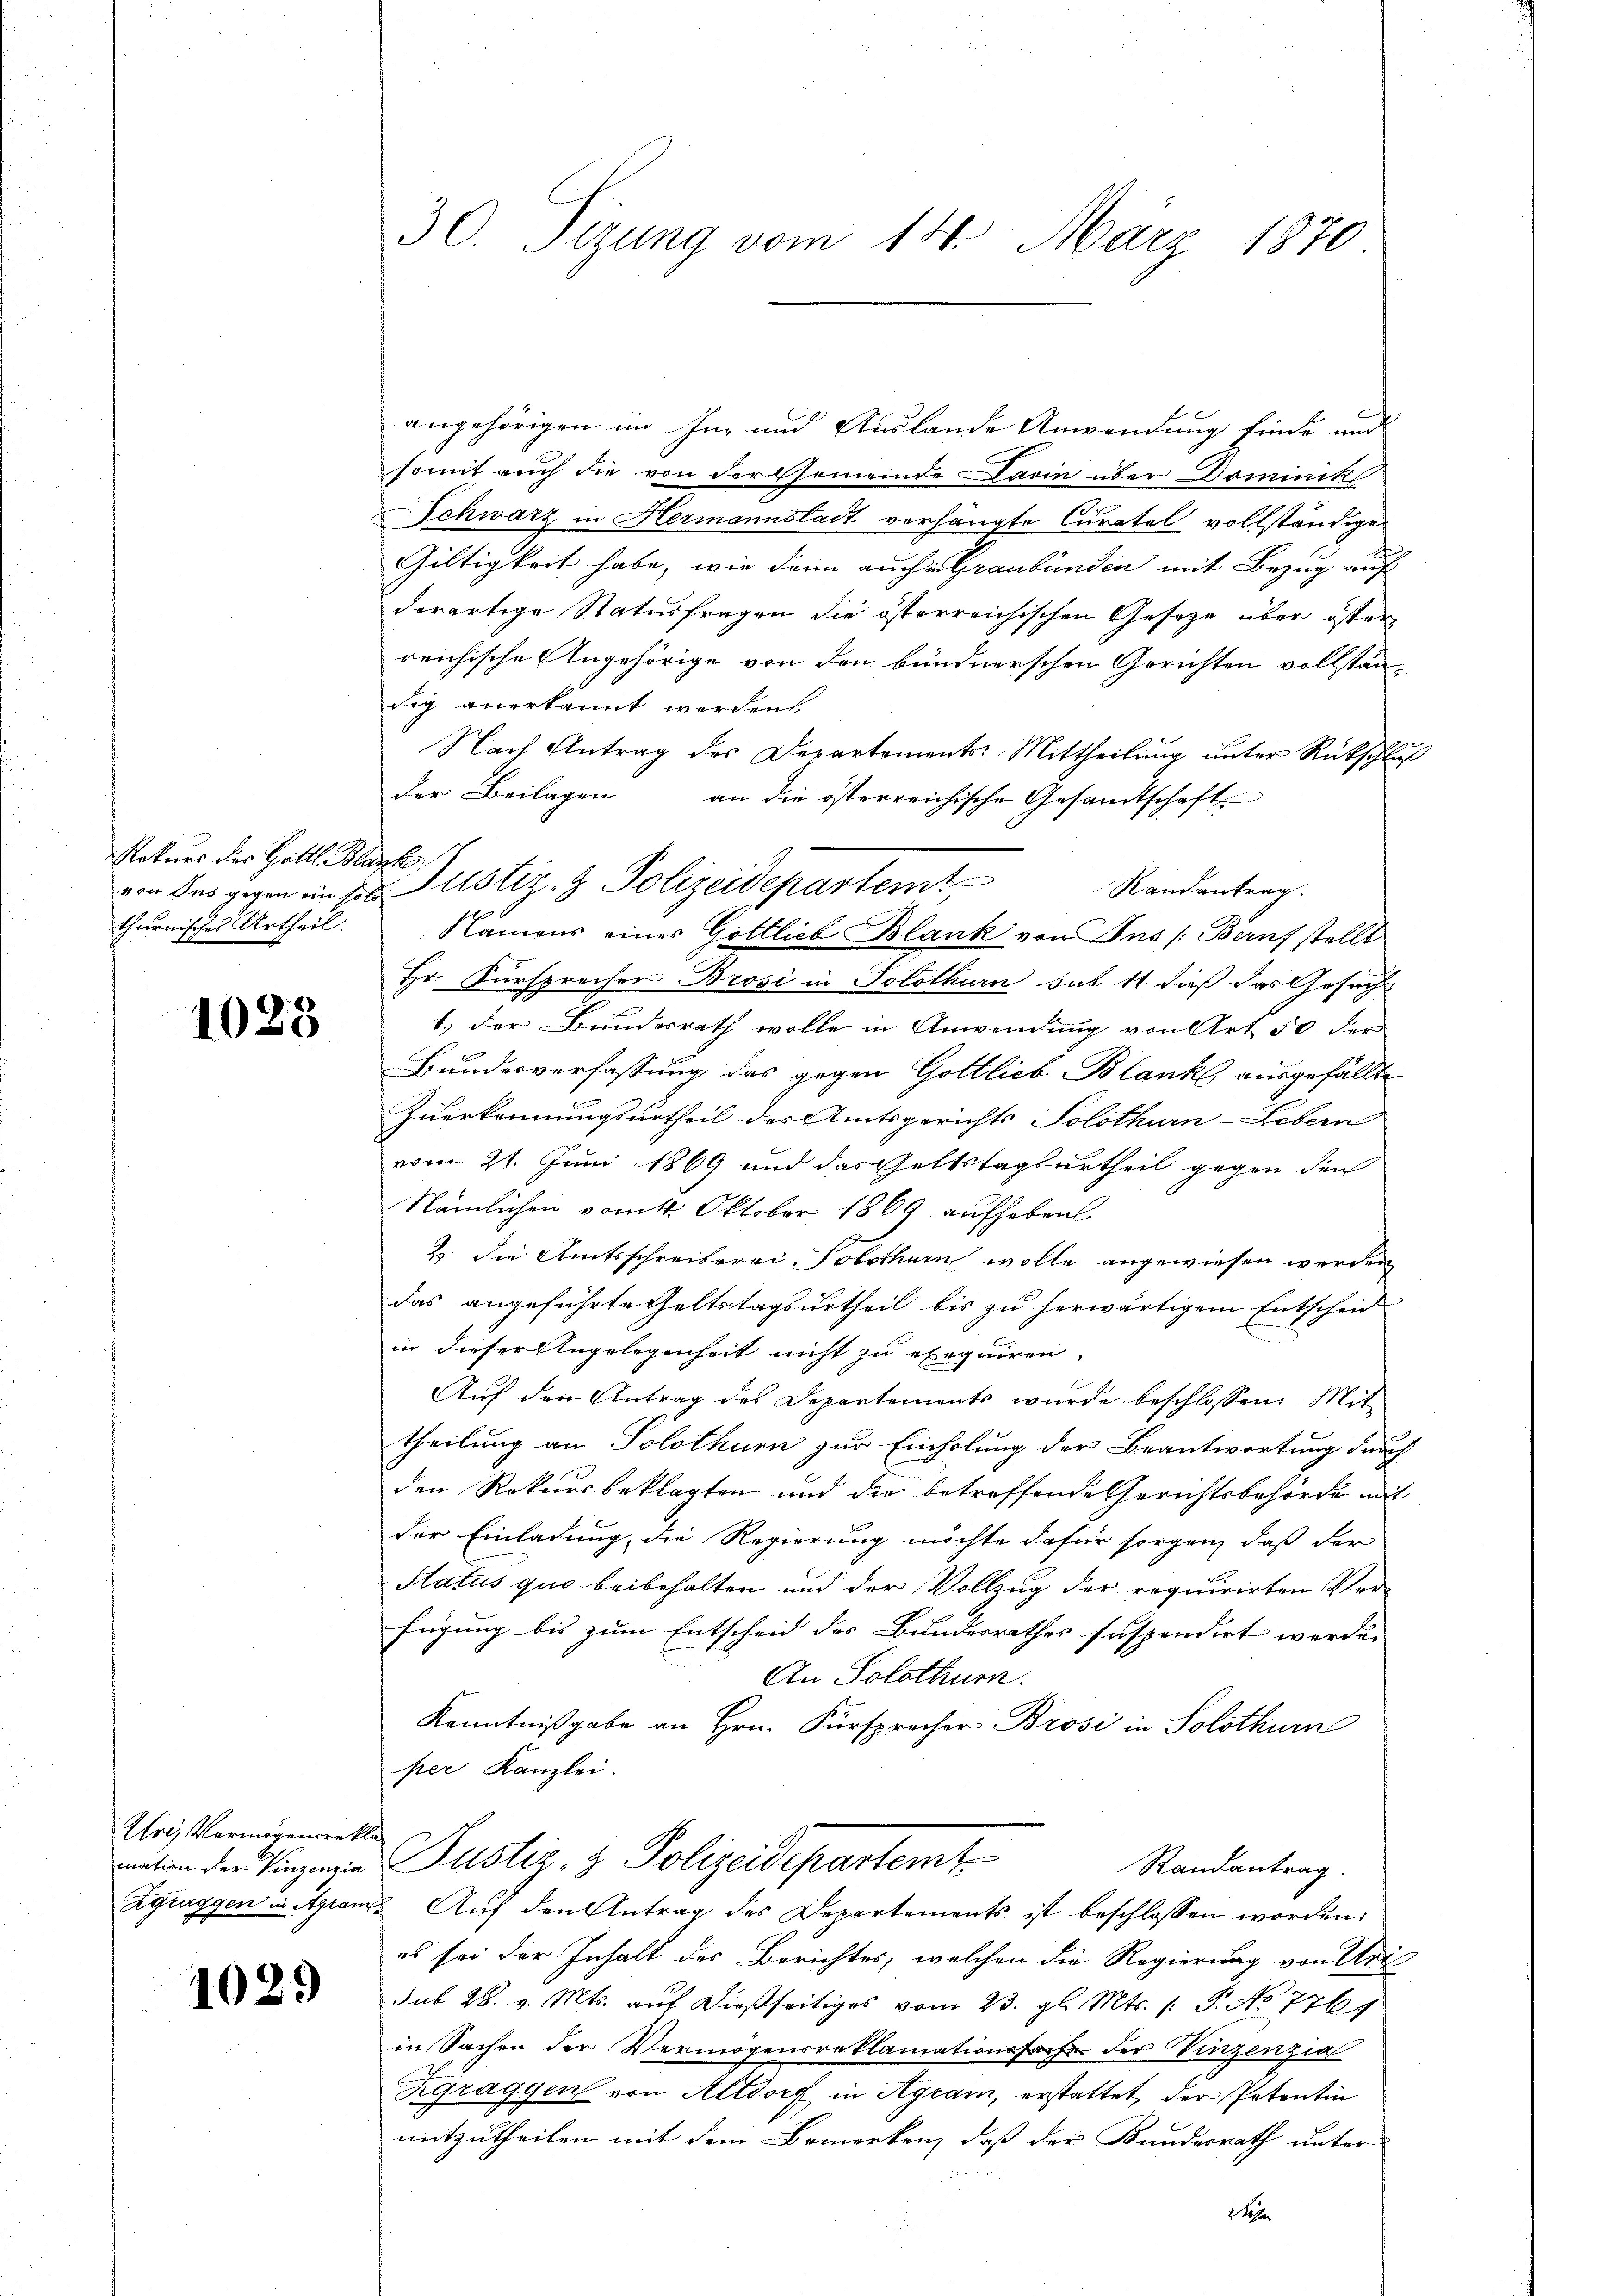
Rekurs der Gottl. Blanko
thurnisches Urtheil.

1023

Uri, Vermögensrekla

1029

30. Sizung vom 18. März 1870

angehörigen im In- und Auslande Anwendung finde und
somit auch die von der Ehemeinde Darin über Dominik
s
Schwarz in Hermannstadt verhängte Curatel vollständige
Giltigkeit habe, wie dann auch in Graubünden mit Bezug auf
derartige Statusfragen die österreichischen Gesetze über öster
reichische Angehörige von den bündnerschen Gerichten vollständig anerkannt werden
Nach Antrag des Departements: Mittheilung unter Rückschluß
der Beilagen an die österreichische Gesamtschaft
Randantrag.
Namens eines Gottlieb Blank von Aus (Berufstellt
Hr. Fürsprechen Brosi in Solothurn sub 11. dieß das Gesuch
1.) Der Bundesrath wolle in Anwendung von Art 50 der
Bundesverfassung das gegen Gottlieb Blanke ausgefällte
Zuerkennungsurtheil des Amtsgerichts Solothurn-Lebern
vom 21. Juni 1869 und das Geltstagsurtheil gegen den
Nämlichen vom 1. Oktober 1869 aufheben
2.) Die Amtsschreiberei-Solothurn wolle angewiesen werden
das angeführte Geltstagsurtheil bis zu herwärtigem Entscheid
8
in dieser Angelegenheit nicht zu exequiren.
Auf den Antrag des Departements wurde beschlossen Mit
theilung an Solothurn zur Einholung der Beantwortung durch
den Rekursbeklagten und die betreffende Gerichtsbehörde mit
der Einladung, die Regierung möchte dafür sorgen, daß der
Status quo beibehalten und der Vollzug der requirirten Vor-
fügung bis zum Entscheid des Bundesrathes suspendirt werde. |
An Solothurn.
Kenntnißgabe an Hrn. Fürsprecher Brosi in Solothurn
per Kanzlei.
ition der Eingen Justiz- & Polizeidepartemt
Randantrag.
Zgraggen in Agram Auf den Antrag des Departements ist beschlossen worden:
es sei der Inhalt des Berichtes, welchen die Regierung von Urt
sub 28. v. Mts. aŭf dießseitiges vom 23. gl. Mts. f. P. No 7761
in Sachen der Vermögensreklamationssache der Winzenzia
Zgraggen von Altdorf in Agram, erstattet, der Petentin
mitzutheilen mit dem Bemerken, daß der Bundesrath unter

von des gegen in des ustiz- & Polizeidepartemt